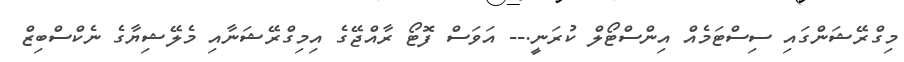
މިގްރޭޝަންގައި ސިސްޓަމެއް އިންސްޓޯލް ކުރަނީ.-- އަވަސް ފޮޓޯ ރާއްޖޭގެ އިމިގްރޭޝަނާއި މެލޭޝިޔާގެ ނެކްސްބިޒް